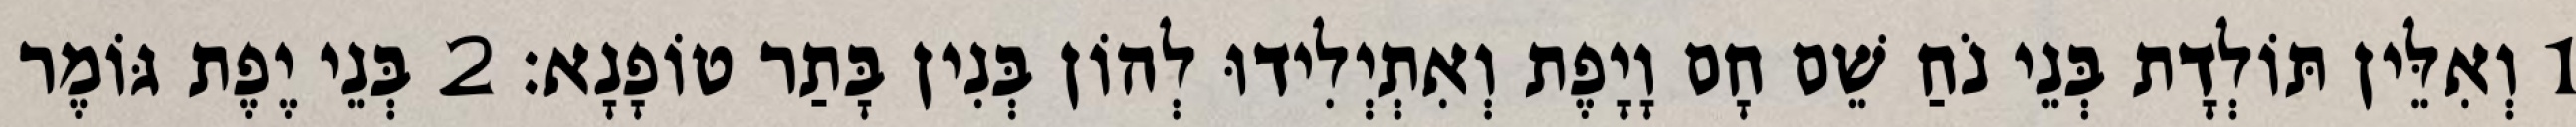
1 וְאִלֵּין תּוֹלְדָת בְּנֵי נֹחַ שֵׁם חָם וָיָפֶת וְאִתְיְלִידוּ לְהוֹן בְּנִין בָּתַר טוֹפָנָא׃ 2 בְּנֵי יֶפֶת גּוֹמֶר